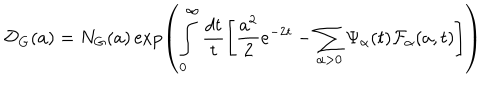
\mathcal { D } _ { G } ( a ) = N _ { G } ( a ) \exp \left( \int _ { 0 } ^ { \infty } \frac { d t } { t } \left[ \frac { a ^ { 2 } } { 2 } e ^ { - 2 t } - \sum _ { \alpha > 0 } \Psi _ { \alpha } ( t ) \mathcal { F } _ { \alpha } ( a , t ) \right] \right)